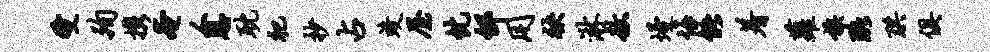
受殉携奄人恩耽祀抄占竣屋忱邰用袂淋敖墁悔能着萝族珞珙俱